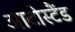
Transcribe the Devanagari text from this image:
आटोस्टैंड